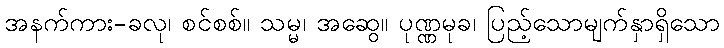
အနက်ကား-ခလု၊ စင်စစ်။ သမ္မ၊ အဆွေ။ ပုဏ္ဏမုခ၊ ပြည့်သောမျက်နှာရှိသော